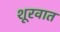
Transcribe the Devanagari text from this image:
शूरवात